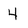
Character: 4